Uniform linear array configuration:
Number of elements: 64
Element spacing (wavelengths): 0.25
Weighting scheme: exponential
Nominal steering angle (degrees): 45
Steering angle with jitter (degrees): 46.299
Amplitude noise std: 0.05
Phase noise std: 0.05

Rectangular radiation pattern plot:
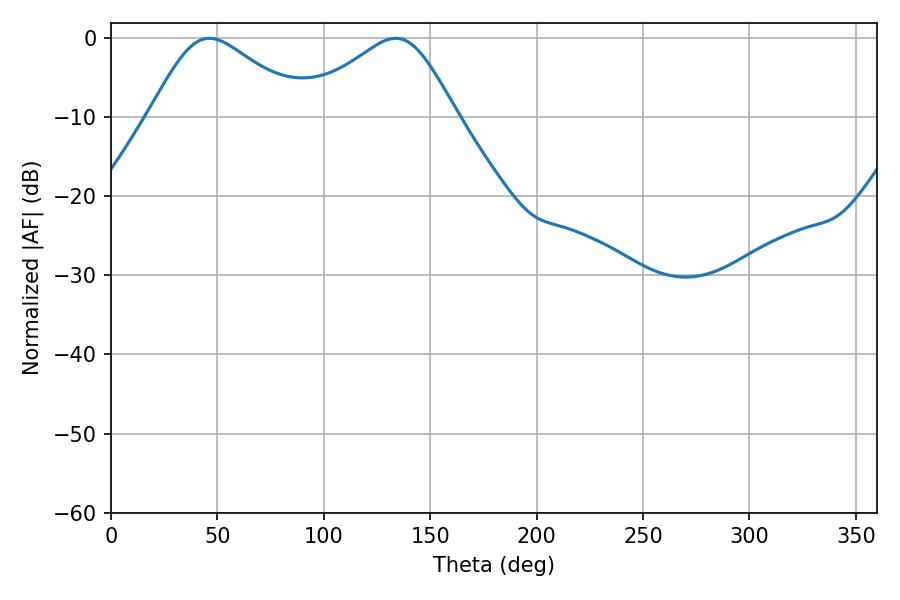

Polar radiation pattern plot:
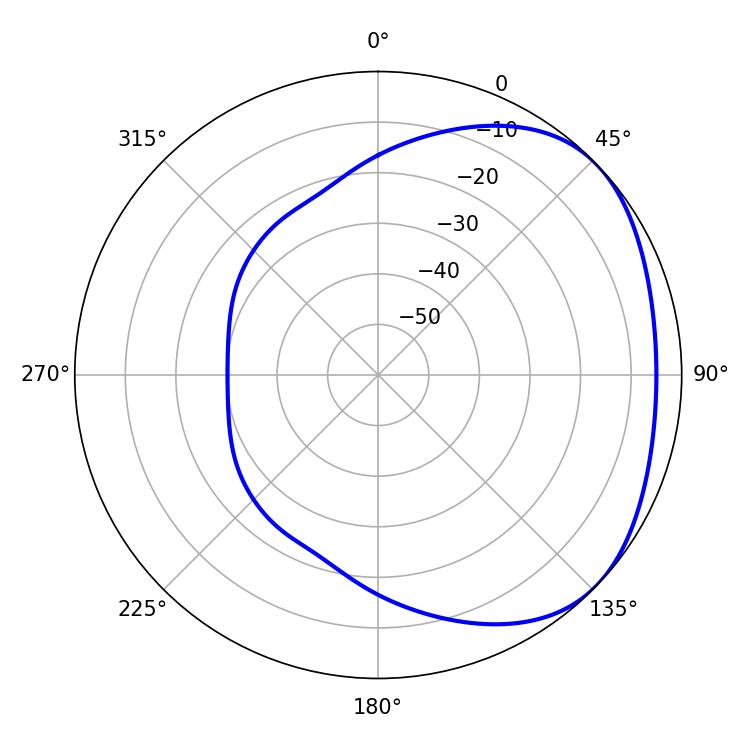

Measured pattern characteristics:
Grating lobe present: FALSE
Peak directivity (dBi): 2.662
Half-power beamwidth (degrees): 36.18
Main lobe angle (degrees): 46.26